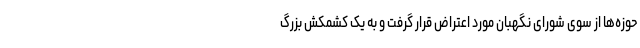
حوزه‌ها از سوی شورای نگهبان مورد اعتراض قرار گرفت و به یک کشمکش بزرگ